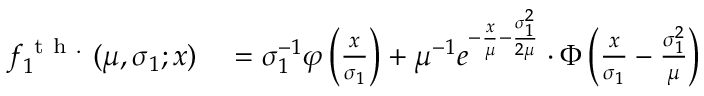
\begin{array} { r l } { f _ { 1 } ^ { \mathrm { ~ t ~ h ~ . ~ } } ( \mu , \sigma _ { 1 } ; x ) } & { { } = \sigma _ { 1 } ^ { - 1 } \varphi \left( \frac x { \sigma _ { 1 } } \right) + \mu ^ { - 1 } e ^ { - \frac x \mu - \frac { \sigma _ { 1 } ^ { 2 } } { 2 \mu } } \cdot \Phi \left( \frac x { \sigma _ { 1 } } - \frac { \sigma _ { 1 } ^ { 2 } } { \mu } \right) } \end{array}